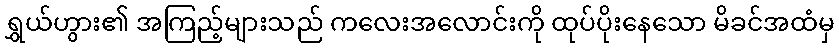
ရွှယ်ဟွား၏ အကြည့်များသည် ကလေးအလောင်းကို ထုပ်ပိုးနေသော မိခင်အထံမှ